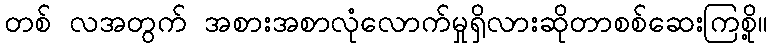
တစ် လအတွက် အစားအစာလုံလောက်မှုရှိလားဆိုတာစစ်ဆေးကြစို့။